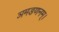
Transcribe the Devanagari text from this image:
ञमङणनम्।